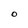
Character: O